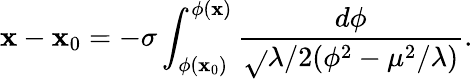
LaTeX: \mathbf{x}-\mathbf{x}_{0}=-\sigma\int_{\phi(\mathbf{x}_{0})}^{\phi(\mathbf{x})}\frac{{d\phi}}{{\sqrt{}{{\lambda/2}}(\phi^{2}-\mu^{2}/\lambda)}}.